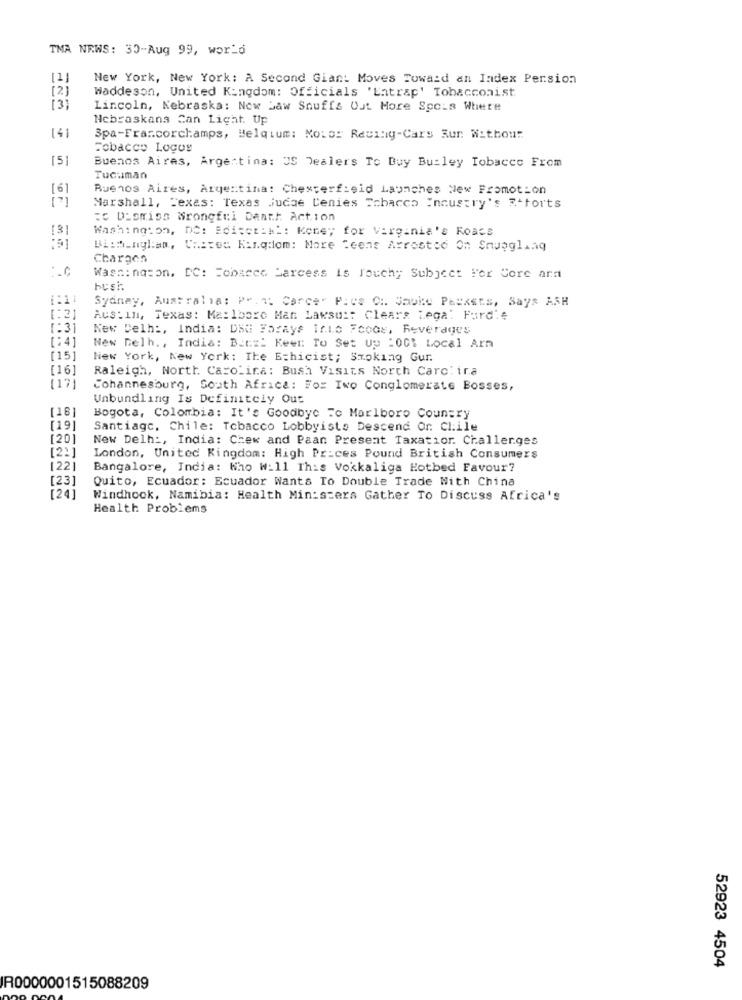
TMA NEWS: 30-Aug 99, world
[1]
New York, New York: A Second Giant Moves Toward an Index Persion
Waddeson, United Kingdom: Officials 'Entrap' Tobacconist
Lincoln, Nebraska: Now Jaw Snuffs Out More Spc_s Where
Nebraskans Can Light Up
141
Spa-Francorchamps, Belqium: Mois: Recity-Cars Run Withour
Tobacco Logos
[5]
Buenos Aires, Argentina: US Dealers To Buy Builey Tobacco From
Tucuman
Buenos Aires, Argentina: Chesterfield Launches New Promotion
Marshall, Texas: Texas judae Cenies Tobacco "noustry's 7-forts
: Dismiss Wrongful Death Action
Washington, DC: Edicez:ML: Keney for Virginia's Roacs
Bith_ngl:an, Chstes Kingdom: More Teens Arrostod On Smuggling
Charges.
Washington, DC: Tobacco Parcess is Touchy Subject For Core ard
1:11
Sydney, Australia: Prin: Carce" Pics C :. Jako Packets, Says ASH
[: 2]
AUS : 11, Texas: Ma:1bore Man Lawsuit Clears Lega: Furdie
[:3]
New Delhi, India: DSG Forays Into Foods, Reverages
[:4]
New Delh ., India: Betz: Keer To Set Up :001 Local Arn
[15]
New York, New York: The Ethicist; Smoking Gur.
[16]
Raleigh, North Carolina: Bush Visits North Carc: ira
Cohannesburg, South Africa: For Ivo Conglomerate Bosses,
Unbundling Is Definitely Out
[18]
Bogota, Colombia: It's Goodbye To Marlboro Country
[19]
Santiago, Chile: Tobacco Lobbyiste Descend Or. Clile
[20]
New Delhi, India: Chew and Paan Present Taxatior. Challenges
[22]
London, United Kingdom: High Prices Pound British Consumers
1221
Bangalore, India: Who W:11 This Vokkaliga Hotbed Favour?
[23]
Quito, Ecuador: Ecuador Wants To Double Trade With China
[24]
Windhock, Namibia: Health Ministers Gather To Discuss Africa's
Health Problems
52923 4504
R0000001515088209